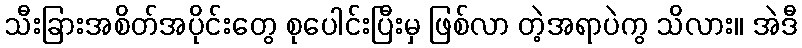
သီးခြားအစိတ်အပိုင်းတွေ စုပေါင်းပြီးမှ ဖြစ်လာ တဲ့အရာပဲကွ သိလား။ အဲဒီ